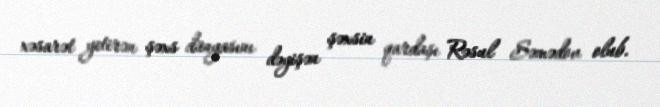
xəsarət yetirən şəxs dünyasını dəyişən şəxsin qardaşı Rəsul Səmədov olub.